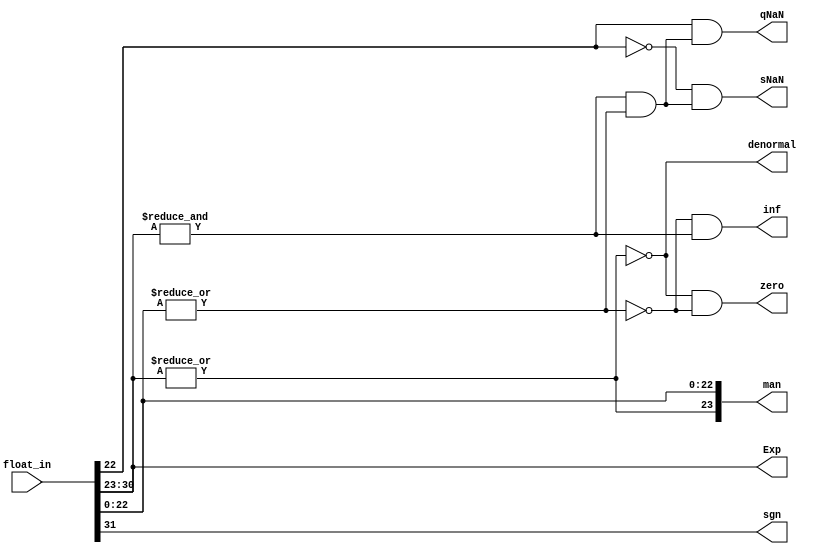
module airi5c_splitter
(
    input   [31:0]  float_in,

    output  [23:0]  man,
    output  [7:0]   Exp,
    output          sgn,

    output          zero,
    output          inf,
    output          sNaN,
    output          qNaN,
    output          denormal
);
    wire    hidden_bit;
    wire    max_exp;
    wire    man_NZ;
    wire    NaN;
    
    assign  sgn         = float_in[31];
    assign  Exp         = float_in[30:23];
    assign  man[22:0]   = float_in[22:0];

    assign  hidden_bit  = |Exp;
    // 1 if exponent is the highes possible (unbiased: 255, biased: 128 or inf)
    assign  max_exp     = &Exp;
    // 1 if the mantissa is unequal to zero
    assign  man_NZ      = |man[22:0];
    // 1 if the input is either sNaN or qNaN
    assign  NaN         = max_exp && man_NZ;

    assign  man[23]     = hidden_bit;
    assign  denormal    = !hidden_bit;
    assign  zero        = !hidden_bit && !man_NZ;
    assign  inf         = !man_NZ && max_exp;
    assign  sNaN        = !float_in[22] && NaN;
    assign  qNaN        = float_in[22] && NaN;

endmodule